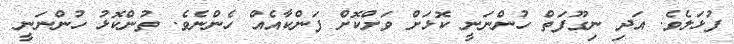
ފުޅަލެވެ. އަދި ނިގޫފަތް ހުންނަނީ ކޮޅަށް ވަށްކޮށް ފަންކާއެއް ހެންނެވެ. ތުންކޮޅު ހުންނަނީ